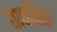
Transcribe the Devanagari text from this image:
छावनित